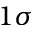
1 \sigma